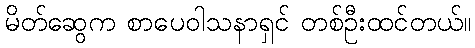
မိတ်ဆွေက စာပေဝါသနာရှင် တစ်ဦးထင်တယ်။